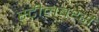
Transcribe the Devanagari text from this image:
स्टीलबर्थ्स